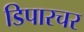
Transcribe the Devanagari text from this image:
डिपारचर